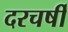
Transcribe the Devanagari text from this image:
दरचर्षी